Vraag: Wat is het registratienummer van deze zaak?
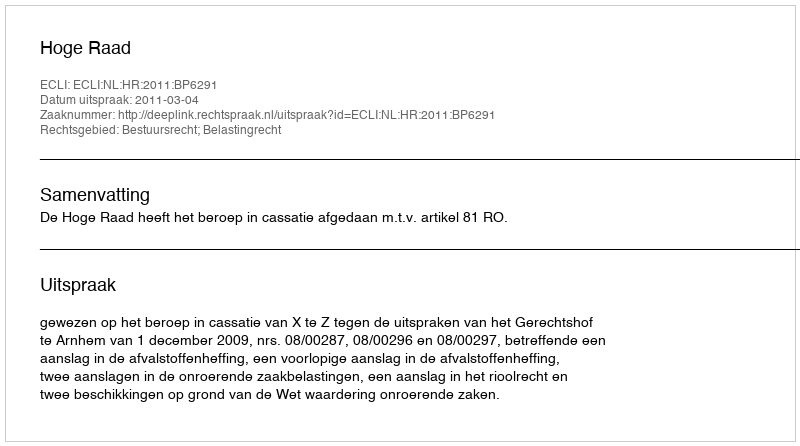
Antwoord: http://deeplink.rechtspraak.nl/uitspraak?id=ECLI:NL:HR:2011:BP6291